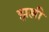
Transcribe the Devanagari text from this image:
झल्ली